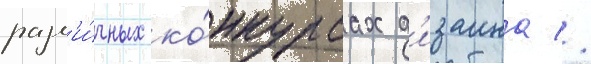
разл'и́чных ко́нкурсах д'изаина //